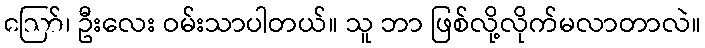
ဪ၊ ဦးလေး ဝမ်းသာပါတယ်။ သူ ဘာ ဖြစ်လို့လိုက်မလာတာလဲ။